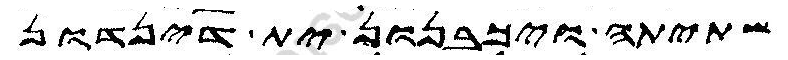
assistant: שתיתה ויכבנון ית דינדון